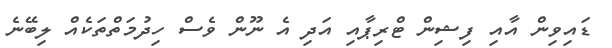
ޑައިވިން އާއި ފިޝިން ޓްރިޕާއި އަދި އެ ނޫން ވެސް ހިދުމަތްތަކެއް ލިބޭނެ